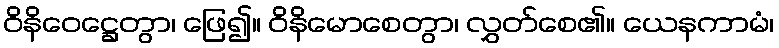
ဝိနိဝေဋ္ဌေတွာ၊ ဖြေ၍။ ဝိနိမောစေတွာ၊ လွှတ်စေ၏။ ယေနကာမံ၊